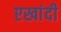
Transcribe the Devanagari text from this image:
एखांदी